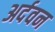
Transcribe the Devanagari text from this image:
अर्दवन